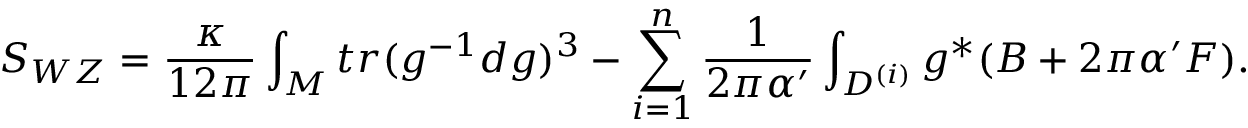
S _ { W Z } = \frac { \kappa } { 1 2 \pi } \int _ { M } t r ( g ^ { - 1 } d g ) ^ { 3 } - \sum _ { i = 1 } ^ { n } \frac { 1 } { 2 \pi \alpha ^ { \prime } } \int _ { D ^ { ( i ) } } g ^ { * } ( B + 2 \pi \alpha ^ { \prime } F ) .